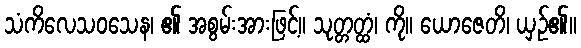
သံကိလေသဝသေန၊ ၏ အစွမ်းအားဖြင့်။ သုတ္တတ္ထံ၊ ကို။ ယောဇေတိ၊ ယှဉ်၏။